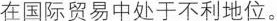
在国际贸易中处于不利地位。